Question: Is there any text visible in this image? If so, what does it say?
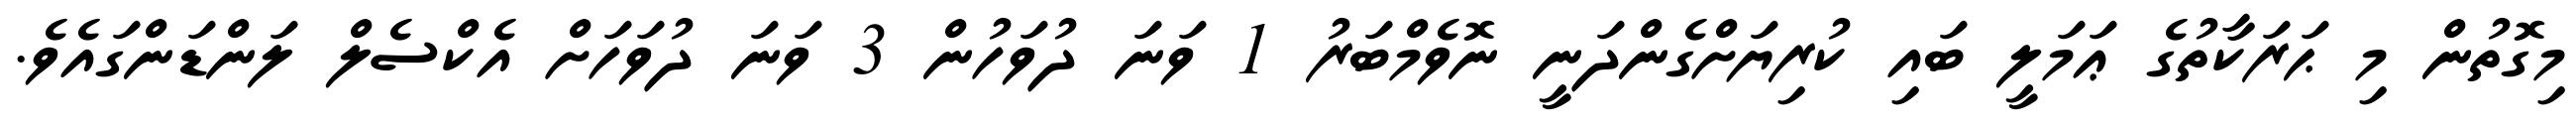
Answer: މިގޮތުން މި ޙަރަކާތުގެ ޢަމަލީ ބައި ކުރިޔަށްގެންދަނީ ނޮވެމްބަރު 1 ވަނަ ދުވަހުން 3 ވަނަ ދުވަހަށް އެކްސެލް ލަންޑަންގައެވެ.